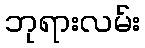
ဘုရားလမ်း